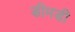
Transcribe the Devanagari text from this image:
डीमडी